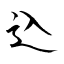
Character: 込